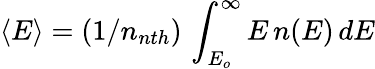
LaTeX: \langle E\rangle=(1/n_{nth})\, \int_{E_{o}}^{\infty}E\, n(E)\, dE